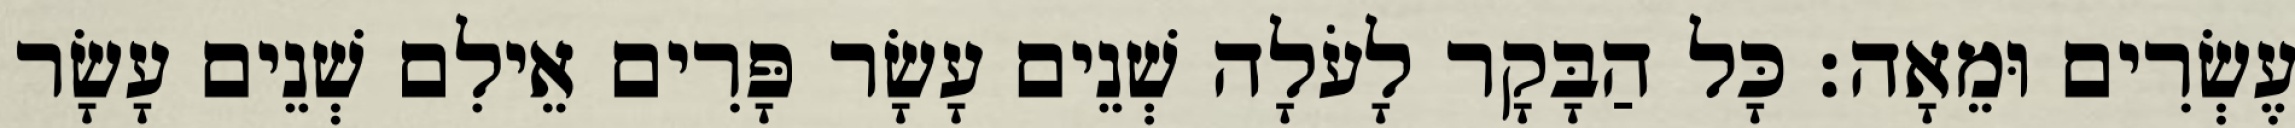
עֶשְׂרִים וּמֵאָה׃ כָּל הַבָּקָר לָעֹלָה שְׁנֵים עָשָׂר פָּרִים אֵילִם שְׁנֵים עָשָׂר